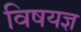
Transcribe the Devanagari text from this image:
विषयज्ञ